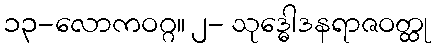
၁၃-လောကဝဂ္ဂ။ ၂- သုဒ္ဓေါဒနရာဇဝတ္ထု